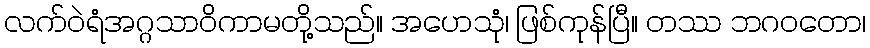
လက်ဝဲရံအဂ္ဂသာဝိကာမတို့သည်။ အဟေသုံ၊ ဖြစ်ကုန်ပြီ။ တဿ ဘဂဝတော၊